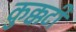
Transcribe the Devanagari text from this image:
कुक्कटी